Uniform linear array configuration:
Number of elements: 16
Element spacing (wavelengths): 0.5
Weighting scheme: exponential
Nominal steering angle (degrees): -15
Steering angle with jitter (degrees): -15.268
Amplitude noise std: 0.05
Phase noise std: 0.05

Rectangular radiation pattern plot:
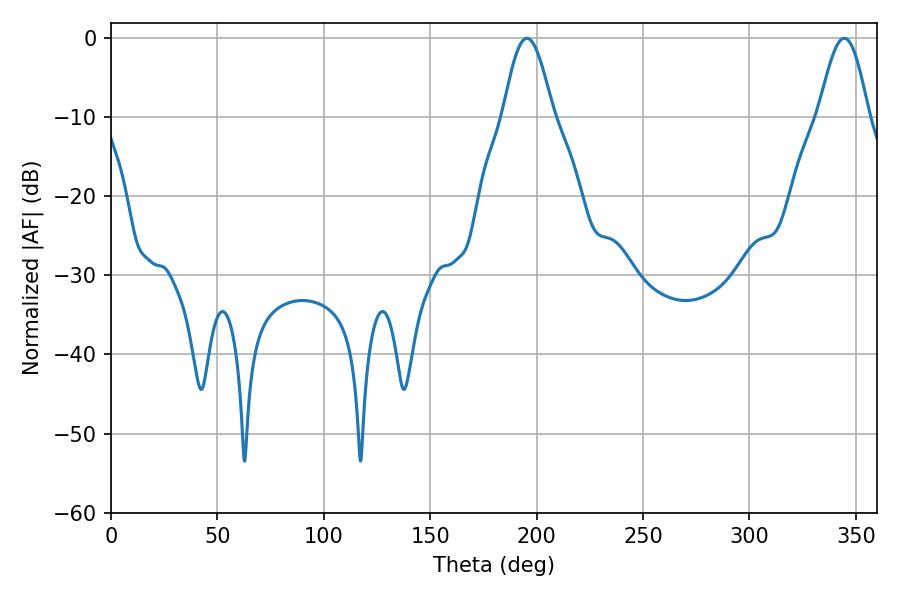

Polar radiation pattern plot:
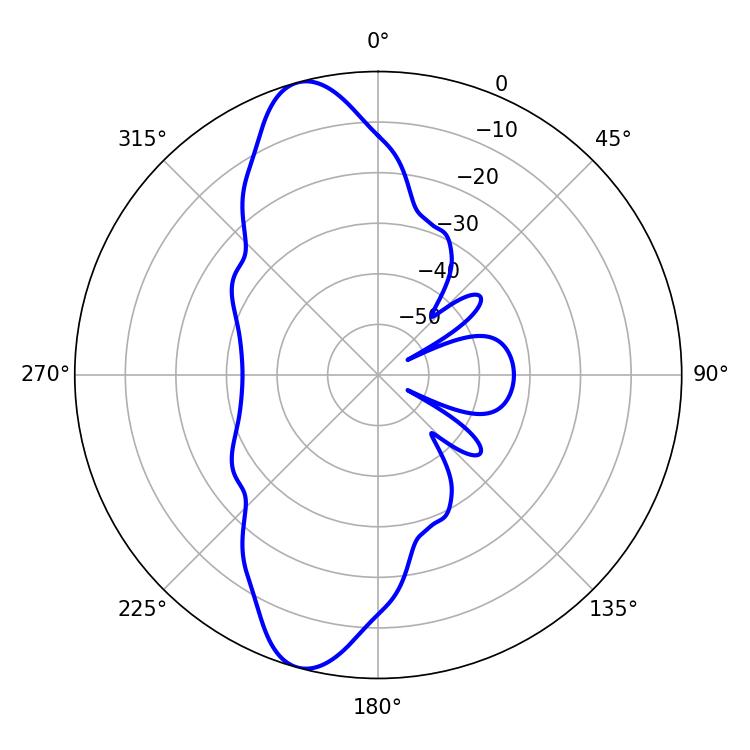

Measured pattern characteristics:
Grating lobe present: FALSE
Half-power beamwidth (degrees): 12.6
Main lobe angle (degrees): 195.48